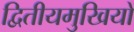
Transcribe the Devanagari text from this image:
द्वितीयमुखियों